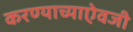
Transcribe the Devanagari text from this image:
करण्याच्याऐवजी